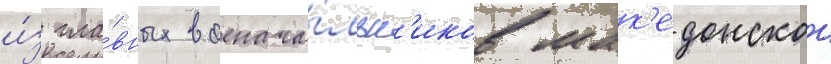
и́з гла́вных военача́льн'иков мак'едонскои